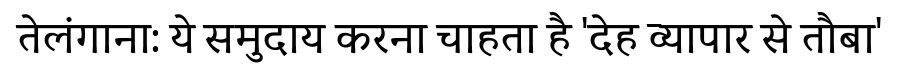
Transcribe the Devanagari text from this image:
तेलंगाना: ये समुदाय करना चाहता है 'देह व्यापार से तौबा'